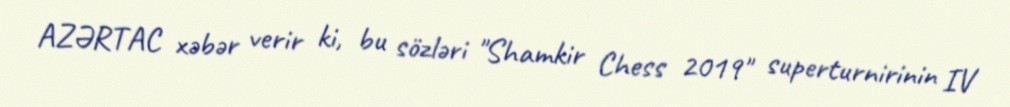
AZƏRTAC xəbər verir ki, bu sözləri "Shamkir Chess 2019" superturnirinin IV